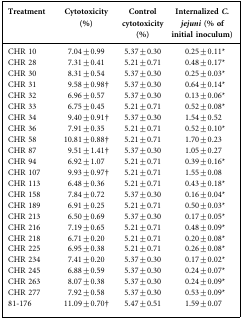
<table><thead><tr><td><b>Treatment</b></td><td><b>Cytotoxicity (%)</b></td><td><b>Control cytotoxicity (%)</b></td><td><b>Internalized <i>C. jejuni</i> (% of initial inoculum)</b></td></tr></thead><tbody><tr><td>CHR 10</td><td>7.04±0.99</td><td>5.37±0.30</td><td>0.25±0.11*</td></tr><tr><td>CHR 28</td><td>7.31±0.41</td><td>5.21±0.71</td><td>0.48±0.17*</td></tr><tr><td>CHR 30</td><td>8.31±0.54</td><td>5.37±0.30</td><td>0.25±0.03*</td></tr><tr><td>CHR 31</td><td>9.58±0.98†</td><td>5.37±0.30</td><td>0.64±0.14*</td></tr><tr><td>CHR 32</td><td>6.96±0.57</td><td>5.37±0.30</td><td>0.13±0.06*</td></tr><tr><td>CHR 33</td><td>6.75±0.45</td><td>5.21±0.71</td><td>0.52±0.08*</td></tr><tr><td>CHR 34</td><td>9.40±0.91†</td><td>5.37±0.30</td><td>1.54±0.52</td></tr><tr><td>CHR 36</td><td>7.91±0.35</td><td>5.21±0.71</td><td>0.52±0.10*</td></tr><tr><td>CHR 58</td><td>10.81±0.88†</td><td>5.21±0.71</td><td>1.70±0.23</td></tr><tr><td>CHR 87</td><td>9.51±1.41†</td><td>5.37±0.30</td><td>1.05±0.27</td></tr><tr><td>CHR 94</td><td>6.92±1.07</td><td>5.21±0.71</td><td>0.39±0.16*</td></tr><tr><td>CHR 107</td><td>9.93±0.97†</td><td>5.21±0.71</td><td>1.55±0.08</td></tr><tr><td>CHR 113</td><td>6.48±0.36</td><td>5.21±0.71</td><td>0.43±0.18*</td></tr><tr><td>CHR 158</td><td>7.84±0.72</td><td>5.37±0.30</td><td>0.16±0.04*</td></tr><tr><td>CHR 189</td><td>6.91±0.25</td><td>5.21±0.71</td><td>0.50±0.03*</td></tr><tr><td>CHR 213</td><td>6.50±0.69</td><td>5.37±0.30</td><td>0.17±0.05*</td></tr><tr><td>CHR 216</td><td>7.19±0.65</td><td>5.21±0.71</td><td>0.48±0.09*</td></tr><tr><td>CHR 218</td><td>6.71±0.20</td><td>5.21±0.71</td><td>0.20±0.08*</td></tr><tr><td>CHR 225</td><td>6.95±0.38</td><td>5.21±0.71</td><td>0.26±0.08*</td></tr><tr><td>CHR 234</td><td>7.41±0.20</td><td>5.37±0.30</td><td>0.17±0.02*</td></tr><tr><td>CHR 245</td><td>6.88±0.59</td><td>5.37±0.30</td><td>0.24±0.07*</td></tr><tr><td>CHR 263</td><td>8.07±0.38</td><td>5.37±0.30</td><td>0.24±0.09*</td></tr><tr><td>CHR 277</td><td>7.92±0.58</td><td>5.37±0.30</td><td>0.53±0.09*</td></tr><tr><td>81-176</td><td>11.09±0.70†</td><td>5.47±0.51</td><td>1.59±0.07</td></tr></tbody></table>